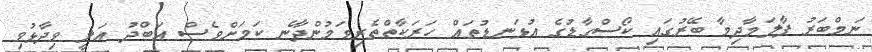
ނަމްބަރު ފާލަމާދިމާ ބޭރުގައި ކޯސްގާޑުގެ އުޅަނޑުތައް ހަރަކާތްތެރިވަމުންދާނެ ކަމަށްވެސް އަބްދު އަލީ ވިދާޅުވި